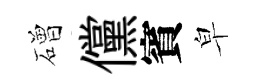
磳儻賓皁